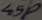
Text: 45P